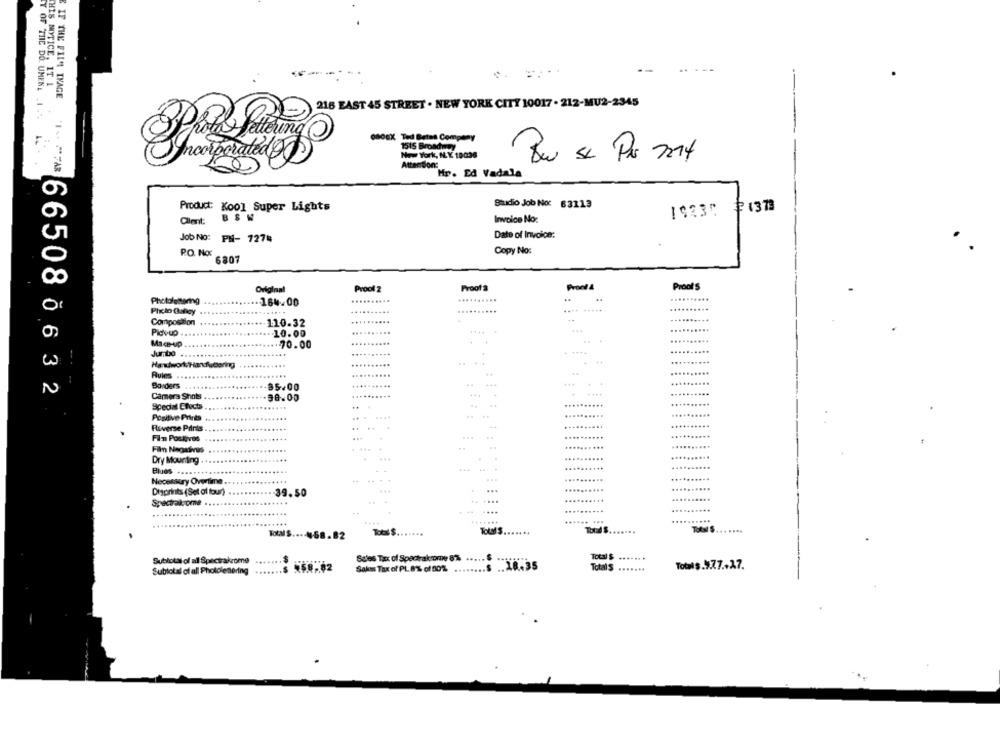
THIS NOTICE. IT 1
IF THE FILM INAGE
Y OF THE DO. UMENE _1
216 EAST 45 STREET . NEW YORK CITY 10017 - 212-MU2-2345
O800X Ted Betet Company
1515 Broadway
New York, NY 19008
Attention:
Hr. Ed Vadala
Studio Job No: 63113
Product: Kool Super Lights
1423℃ #1378
BSW
Invoice No:
Client:
Job No: PH- 7274
Date of Invoice:
P.O. No:
Copy No:
6807
Original
Proof 2
Proof &
Pronti 4
Proof S
Photolettering
...
164.00
Photo Calcy
.....
Composition
110.32
Pick-up
10.00
Mace-up
.70.00
.
Jumbo
w
Rules
N
Borders
35.00
665080632
Camera Shots
-30.00
.........
Special Clucts
Positive Prints
Riverse Prins
......
Film Posigvos
......
Fil Nagaivres
......
.. 4
Dry Mourting
....
....
Blues ...
... ...
.....
Necessary Overtime
....
...
Digprints (Set al lour)
39.50
Spectrakome
......
.......
.....
...
......
Total $ .......
TotalS
Total $.
TOM'S
TotVS .... 4458.82
Subtotal of all Spectrakome
Sales Tax of Spectrakrome 8%
.....
Subtotal of all Photolenering
Saks Tax of PL 8% of 00% ........
.s .. 18.35
.......